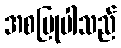
အစပြုပါသည်